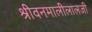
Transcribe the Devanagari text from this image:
श्रीवनमालीलालजी